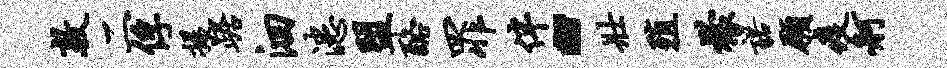
敦二俘提踞洄漶盟酪罪伴“壮殖檬诺愿疫舸